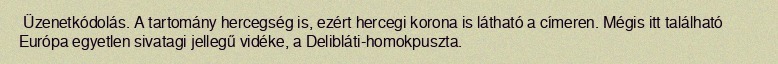
Üzenetkódolás. A tartomány hercegség is, ezért hercegi korona is látható a címeren. Mégis itt található Európa egyetlen sivatagi jellegű vidéke, a Delibláti-homokpuszta.